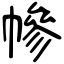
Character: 幓